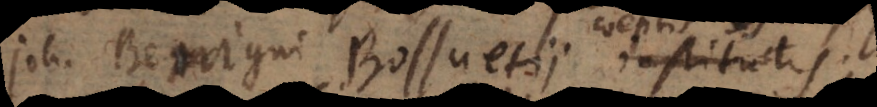
Joh. Benigni Bossuetii institutis,